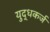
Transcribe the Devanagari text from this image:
युद्धकर्ज